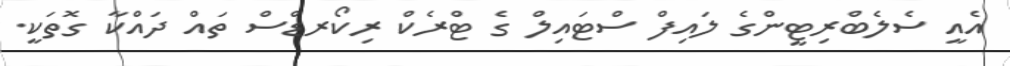
އެއީ ސެލެބްރިޓީންގެ ލައިފް ސްޓައިލް ގެ ޓްރެކް ރިކޯރޑްސް ތައް ދައްކާ ގޮތަކީ.